Vaccination in Bombay 1924-1928 - 1924-1928
Year: 1924
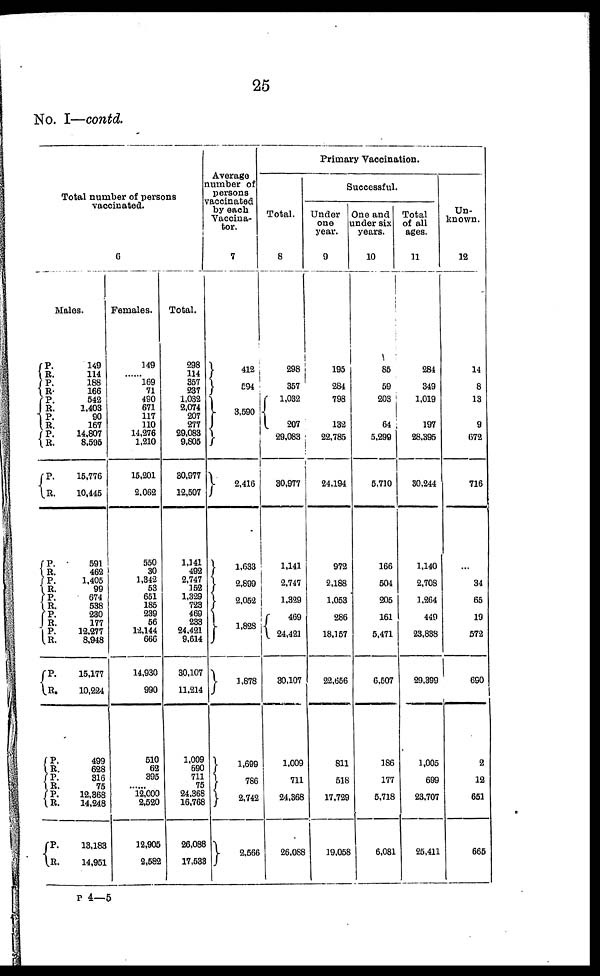
25
No. I—contd.
Total number of persons
vaccinated.
6
Males.
P.
R.
P.
R.
P.
R.
P.
R.
P. R.
P.
R.
P.
R.
P.
R.
P.
R.
P.
R.
P.
R.
P.
R.
P.
R.
P.
R.
P.
R.
P.
R.
149
114
188
166
542
1,403
90
167
14,807
8,595
15,776
10,445
591
462
1,405
99
674
538
230
177
12,277
8,948
15,177
10,224
499
628
316
75
12,368
14,248
13,183
14,951
Females.
149
......
169
71
490
671
117
110
14,276
1,210
15,201
2,062
550
30
1,342
53
651
185
239
56
12,144
666
14,930
990
510
62
395
......
12,000
2,520
12,905
2,582
Total.
298
114
857
237
1,032
2,074
207
277
29,083
9,805
30,977
12,507
1,141
492
2,747
152
1,329
723
469
233
24,421
9,614
30,107
11,214
1,009
690
711
75
24,368
16,768
26,088
17,533
Average
number of
persons
vaccinated
by each
Vaccina¬
tor.
7
412
594
3,590
2,416
1,633
2,899
2,052
1,828
1,878
1,699
786
2,742
2,566
Primary Vaccination.
Total.
8
298
357
1,032
207
29,083
30,977
1,141
2,747
1,329
469
24,421
30,107
1,009
711
24,368
26,088
Successful.
Under
one
year.
9
195
284
798
132
22,785
24,194
972
2,188
1,053
286
18,157
22,656
811
518
17,729
19,058
One and
under six
years.
10
85
59
203
64
5,299
5,710
166
504
205
161
5,471
6,507
186
177
5,718
6,081
Total
of all
ages.
11
284
349
1,019
197
28,395
30,244
1,140
2,708
1,264
449
23,838
29,399
1,005
699
23,707
25,411
Un-
known.
12
14
8
13
9
672
716
...
34
65
19
572
690
2
12
651
665
P 4—5